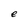
Character: e